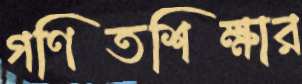
গণিতশিক্ষার